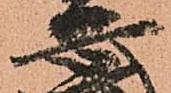
安